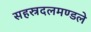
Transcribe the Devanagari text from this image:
सहस्रदलमण्डले